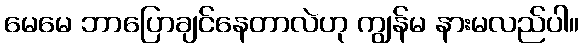
မေမေ ဘာပြောချင်နေတာလဲဟု ကျွန်မ နားမလည်ပါ။